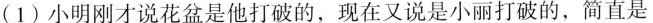
(1)小明刚才说花盆是他打破的，现在又说是小丽打破的，简直是